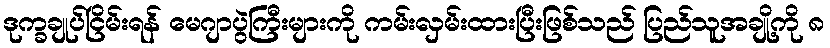
ဒုက္ခချုပ်ငြိမ်းရန် မေဂျာပွဲကြီးများကို ကမ်းလှမ်းထားပြီးဖြစ်သည် ပြည်သူအချို့ကို ၈